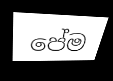
පේම